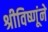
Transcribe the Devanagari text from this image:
श्रीविष्णूंने